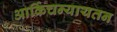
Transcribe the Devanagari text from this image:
आर्किचन्यायतन